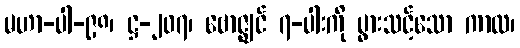
မဟာ-ပါ-၉၈၊ ဋ္ဌ-၂၀၇၊ ဗောဇ္ဈင် ၇-ပါးကို ပွားသင့်သော ကာလ၊